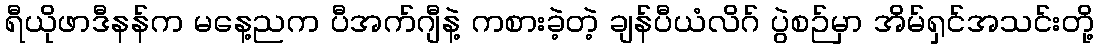
ရီယိုဖာဒီနန်က မနေ့ညက ပီအက်ဂျီနဲ့ ကစားခဲ့တဲ့ ချန်ပီယံလိဂ် ပွဲစဉ်မှာ အိမ်ရှင်အသင်းတို့